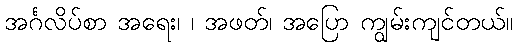
အင်္ဂလိပ်စာ အရေး၊ ၊ အဖတ်၊ အပြော ကျွမ်းကျင်တယ်။